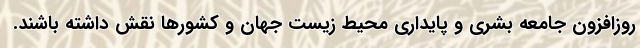
روزافزون جامعه بشری و پایداری محیط زیست جهان و کشورها نقش داشته باشند.